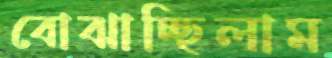
বোঝাচ্ছিলাম